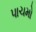
પાચમો